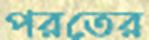
পরতের